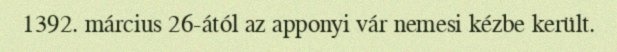
1392. március 26-ától az apponyi vár nemesi kézbe került.